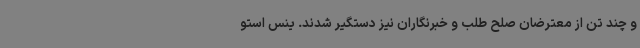
و چند تن از معترضان صلح طلب و خبرنگاران نیز دستگیر شدند. ینس استو